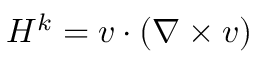
H ^ { k } = \boldsymbol { v } \cdot ( \nabla \times \boldsymbol { v } )